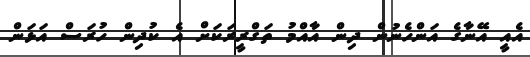
އެއީ އޭނާގެ އަންހެނުން ދިން އާއްމު ތަގްރީރަކަށް އެ ކުދިން ހުރަސް އަޅަން